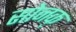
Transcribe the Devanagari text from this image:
सोनक्